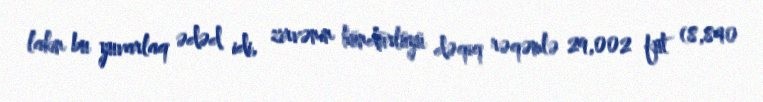
lakin bu yuvarlaq ədəd idi, zirvənin hündürlüyü dəqiq rəqəmlə 29,002 fut (8,840